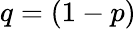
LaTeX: q=(1-p)